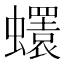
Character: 𧔘